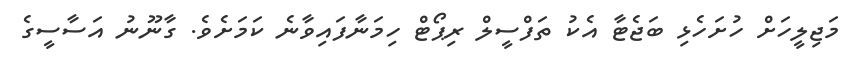
މަޖިލީހަށް ހުށަހެޅި ބަޖެޓާ އެކު ތަފްސީލް ރިޕޯޓް ހިމަނާފައިވާނެ ކަމަށެވެ. ގާނޫނު އަސާސީގެ